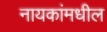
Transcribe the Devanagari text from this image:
नायकांमधील